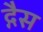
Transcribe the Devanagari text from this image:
द्गैस